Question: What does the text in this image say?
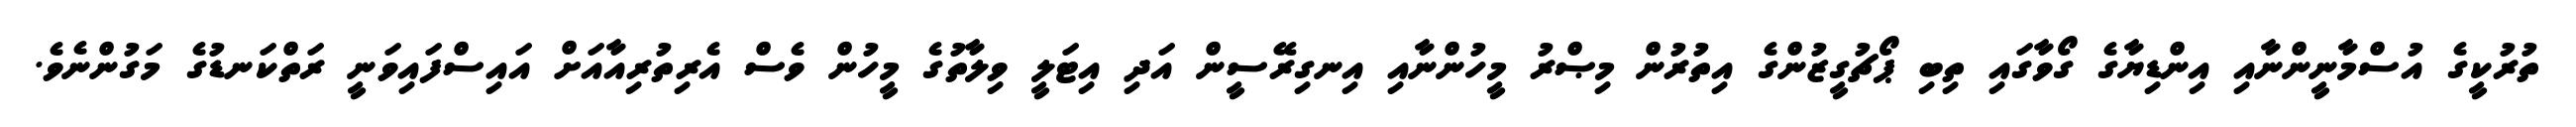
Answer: ތުރުކީގެ އުސްމާނީންނާއި އިންޑިޔާގެ ގޯވާގައި ތިބި ޕޯޗުގީޒުންގެ އިތުރުން މިޞްރު މީހުންނާއި އިނގިރޭސީން އަދި އިޓަލީ ވިލާތުގެ މީހުން ވެސް އެރިތުރިއާއަށް އައިސްފައިވަނީ ރަތްކަނޑުގެ މަގުންނެވެ.